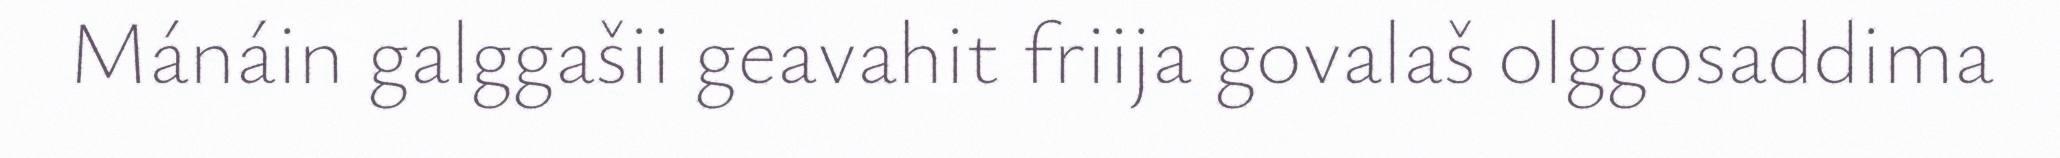
Mánáin galggašii geavahit friija govalaš olggosaddima